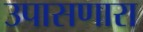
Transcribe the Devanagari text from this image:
उपासणारा